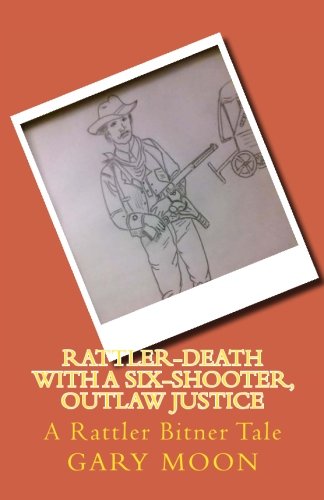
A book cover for Rattler-Death with a Six-Shooter, Outlaw Justice: A Rattler Bitner Tale (Rattler Bitner Tales) (Volume 5); Mr Gary Moon Jr; Teen & Young Adult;